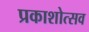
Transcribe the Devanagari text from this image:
प्रकाशोत्‍सव